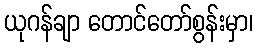
ယုဂန်ချာ တောင်တော်စွန်းမှာ၊